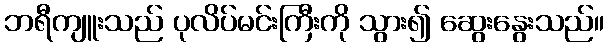
ဘရီကျူးသည် ပုလိပ်မင်းကြီးကို သွား၍ ဆွေးနွေးသည်။